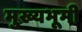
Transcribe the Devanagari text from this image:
मुख्यभूमी